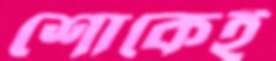
শোকেই